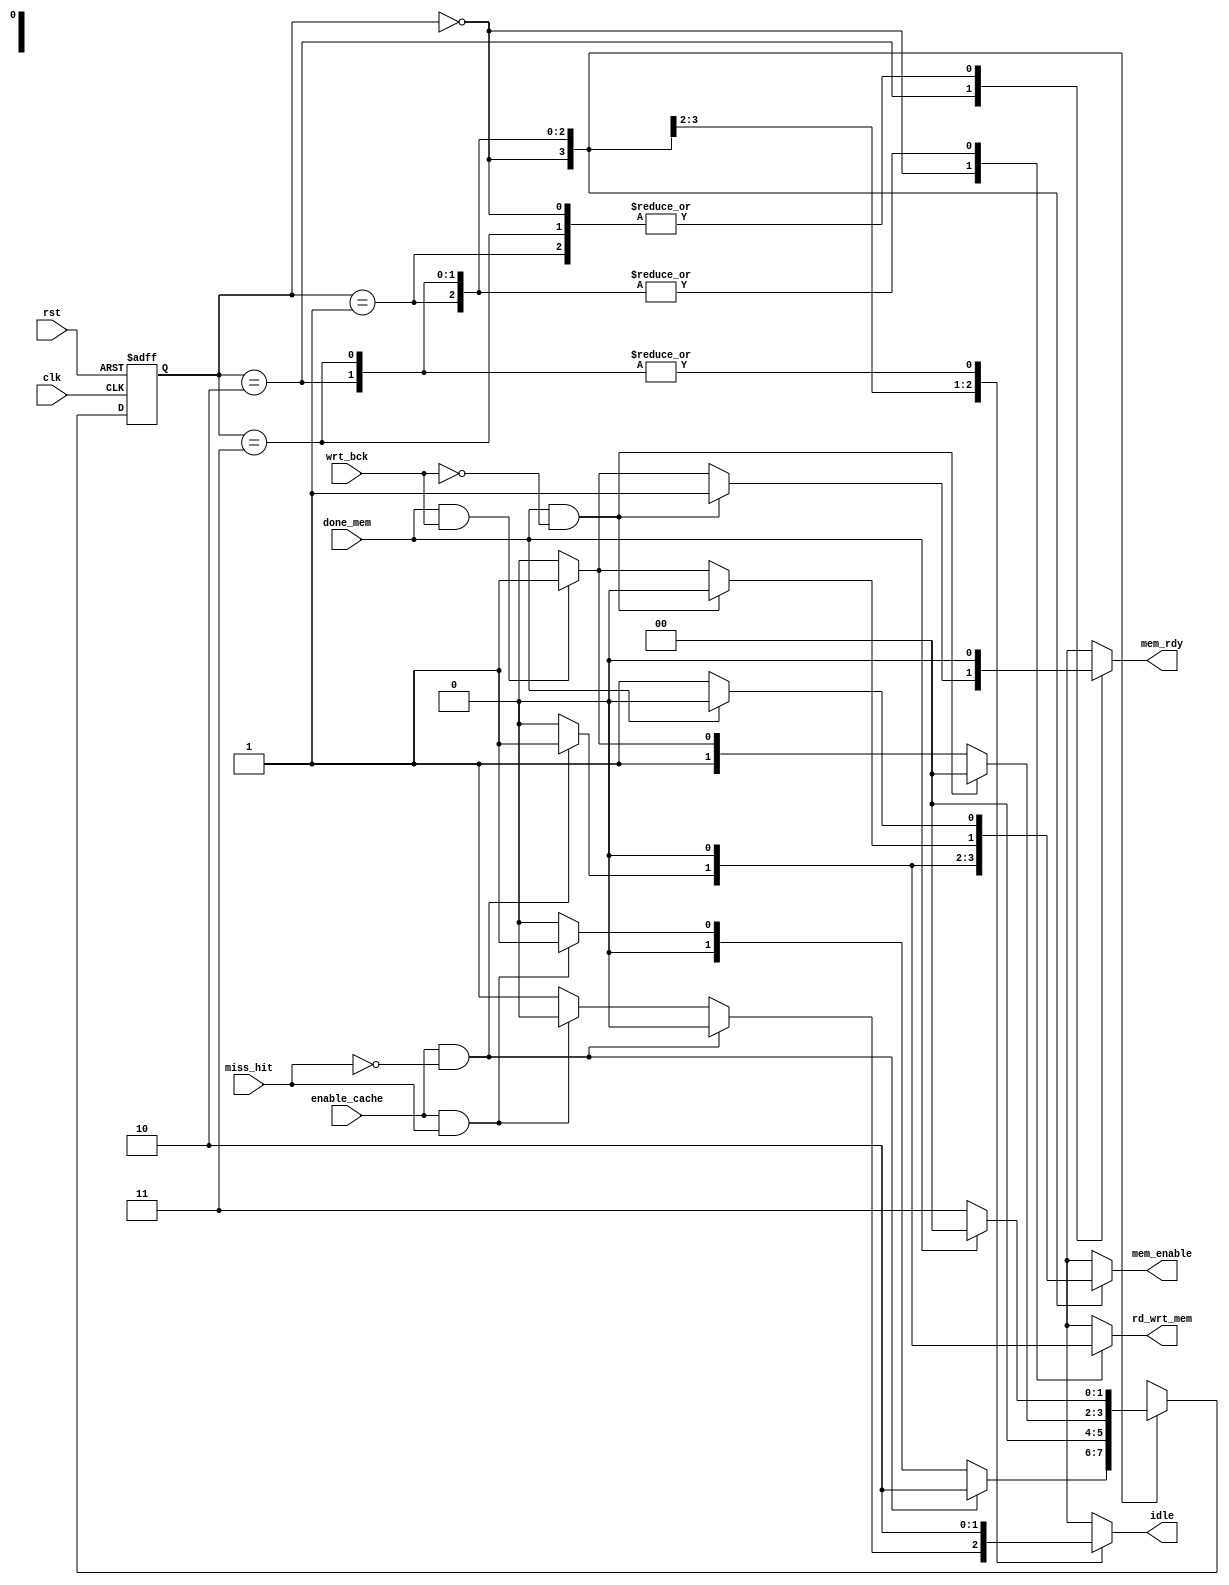
module cache_controller(rst, clk, enable_cache, done_mem, miss_hit, wrt_bck, rd_wrt_mem,
    mem_enable, idle, mem_rdy);
    
    // input and output ports declarations
    input rst, clk, miss_hit, wrt_bck, enable_cache, done_mem;
    output reg rd_wrt_mem, mem_enable, idle, mem_rdy;
    
    localparam IDLE=2'b00; // idle state
    localparam CACHE=2'b01; // handle cache operation (busy)
    localparam MISS =2'b10; // handle cache miss (busy)
    localparam WRITEBACK=2'b11; // handle memory writeback (busy)
    
    reg [1:0] state, nxt_state; // state registers
    
    // state transition
    always@(posedge clk, negedge rst)
    if (!rst)
       state <= IDLE;
    else
       state <= nxt_state;
    
    // output generation logic   
    always@(miss_hit, wrt_bck, enable_cache, done_mem, state) 
    begin
       rd_wrt_mem=0;
       mem_enable=0;
       idle=1;
       mem_rdy=0;
       case (state)
           IDLE:
           if (enable_cache && !(miss_hit)) begin
              nxt_state=MISS;
              // Enable memory read
              mem_enable=1;
              rd_wrt_mem=1;
              // Memory system is busy now
              idle=0;
           end
         else if (enable_cache && miss_hit) begin
              nxt_state=CACHE;
              idle=0;
           end
           else
              nxt_state=IDLE;
                 
           CACHE: 
             nxt_state=IDLE;
          
           
           MISS: begin
           idle=0;
           if (done_mem && !(wrt_bck)) begin
                mem_rdy=1;
                nxt_state=IDLE;
            end
            else if (done_mem && wrt_bck) begin
                mem_rdy=1;
                nxt_state=WRITEBACK;
                rd_wrt_mem=0;
                 mem_enable=1;
            end
            else
                nxt_state=MISS;
            end
                    
            WRITEBACK:
            if (done_mem) begin
                idle = 0;
                nxt_state = IDLE;
        end
            else begin
                 nxt_state=WRITEBACK;
                 mem_enable=1;
                 idle=0;
            end
                 
         endcase
         
                
    end               
             
    
    
endmodule